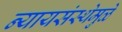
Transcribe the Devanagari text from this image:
न्यायसंस्थेमुळे